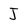
Character: J